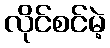
လိုင်စင်မဲ့